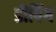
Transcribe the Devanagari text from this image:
डीपिंग